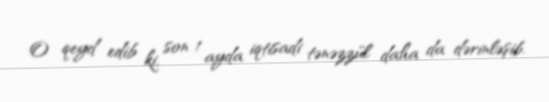
O qeyd edib ki, son 1 ayda iqtisadi tənəzzül daha da dərinləşib.